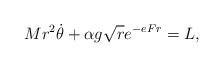
LaTeX: \begin{align*}Mr^2\dot\theta +\alpha g {\sqrt r}e^{-eFr}=L, \end{align*}